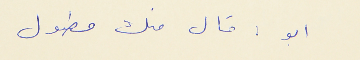
ابو : قال منك مطول